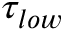
\tau _ { l o w }